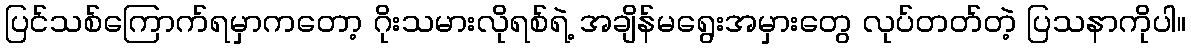
ပြင်သစ်ကြောက်ရမှာကတော့ ဂိုးသမားလိုရစ်ရဲ့ အချိန်မရွေးအမှားတွေ လုပ်တတ်တဲ့ ပြသနာကိုပါ။